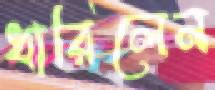
ধারিলেন